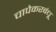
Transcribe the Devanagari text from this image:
चापेकरबंधू